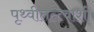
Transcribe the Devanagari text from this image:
पृथ्वीतत्त्वाशी